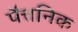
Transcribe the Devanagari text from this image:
पैत्तनिक